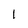
Character: 1